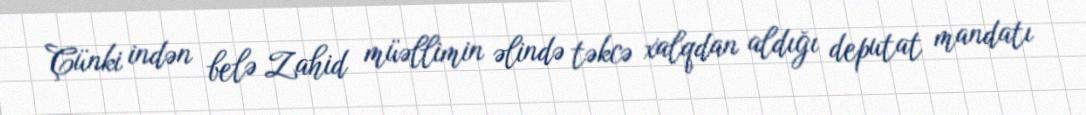
Çünki indən belə Zahid müəllimin əlində təkcə xalqdan aldığı deputat mandatı